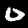
Digit: 0